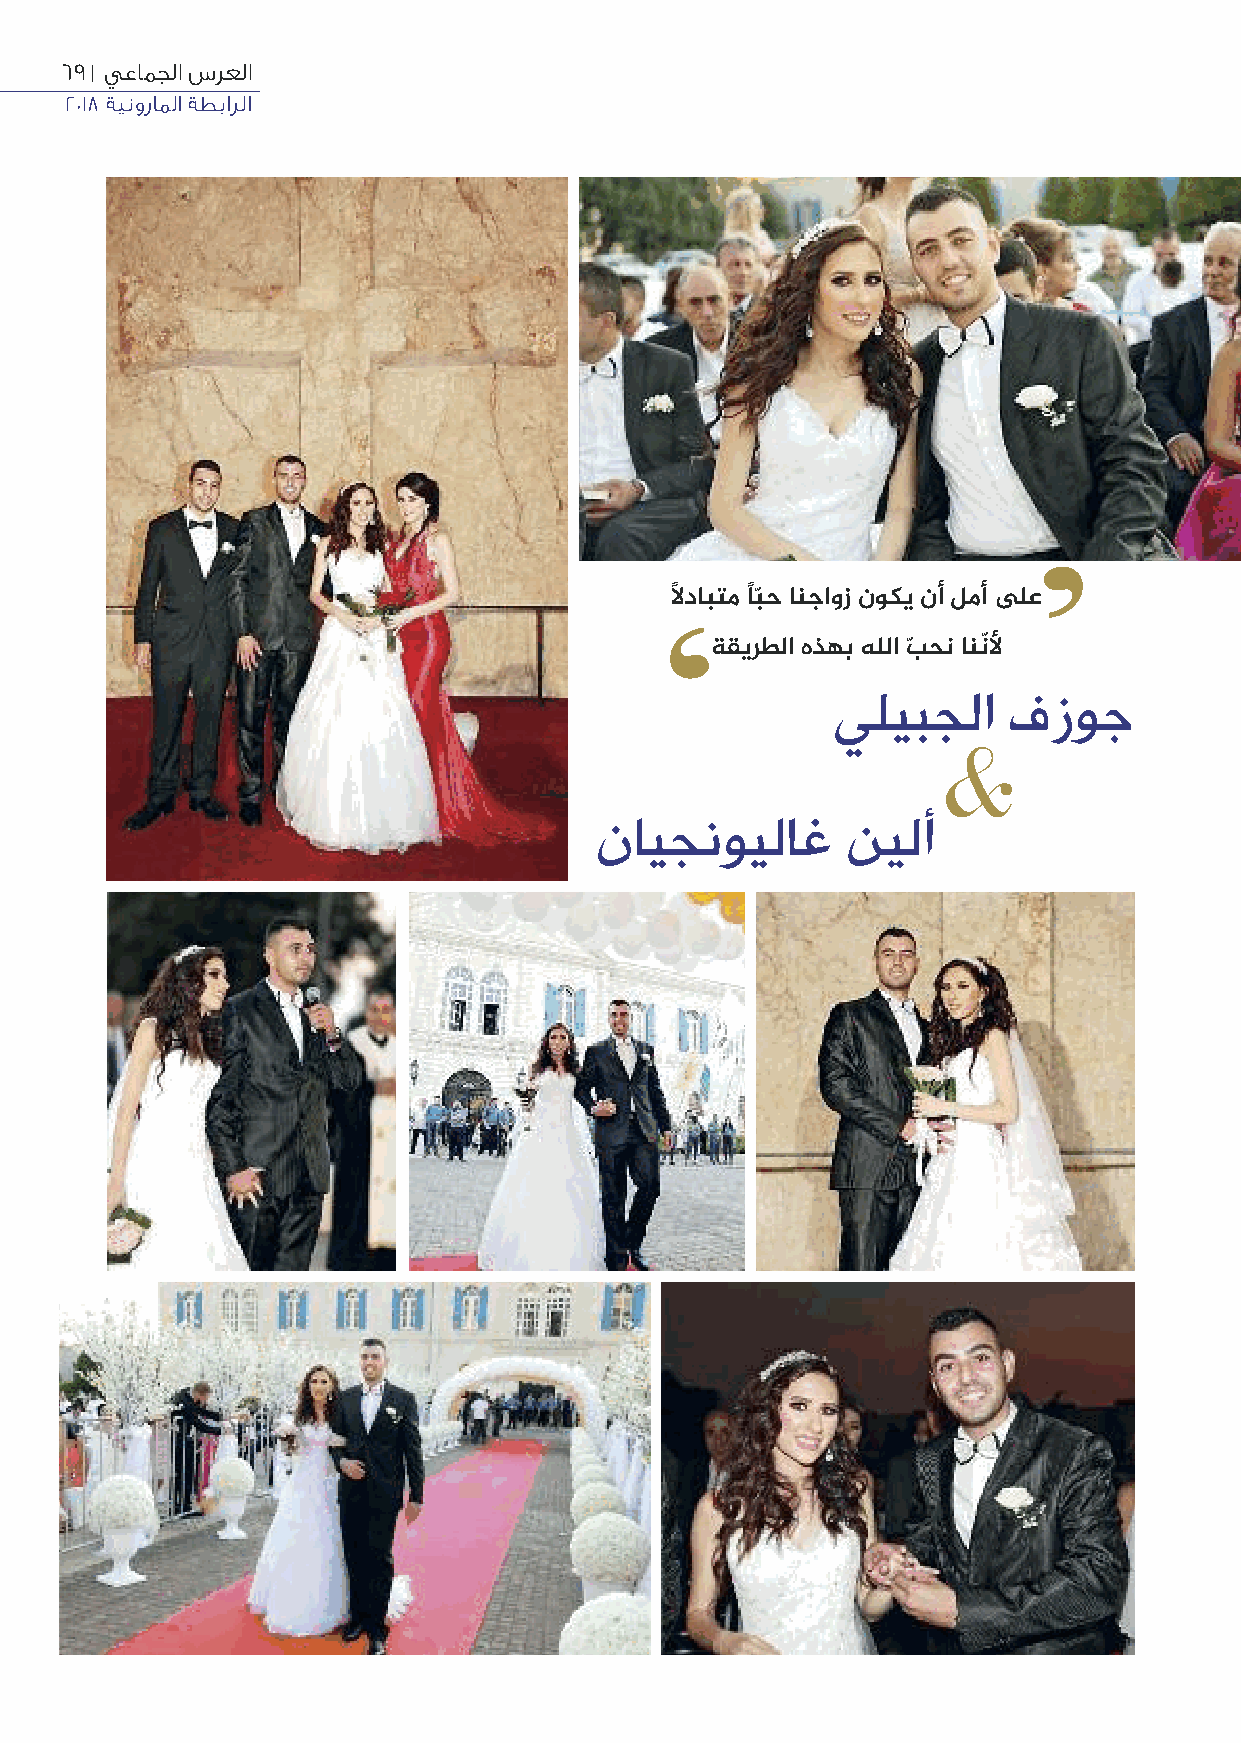
69 | يعامجلا سرعلا
 2018 ةينوراملا ةطبارلا
 ’
 ًﻻدابتم اًبّح انجاوز نوكي نأ لمأ على
 ‘
 ةقيرطلا هذهب هللا بّ حن اننّﻷ
 يليبجلا     فزوج
 &
 نايجنويلاغ      نيلأ